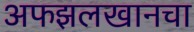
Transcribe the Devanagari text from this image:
अफझलखानचा